65_HS1-834228961_62-HQ-83894_Section_5
Agency: FBI
Page 142
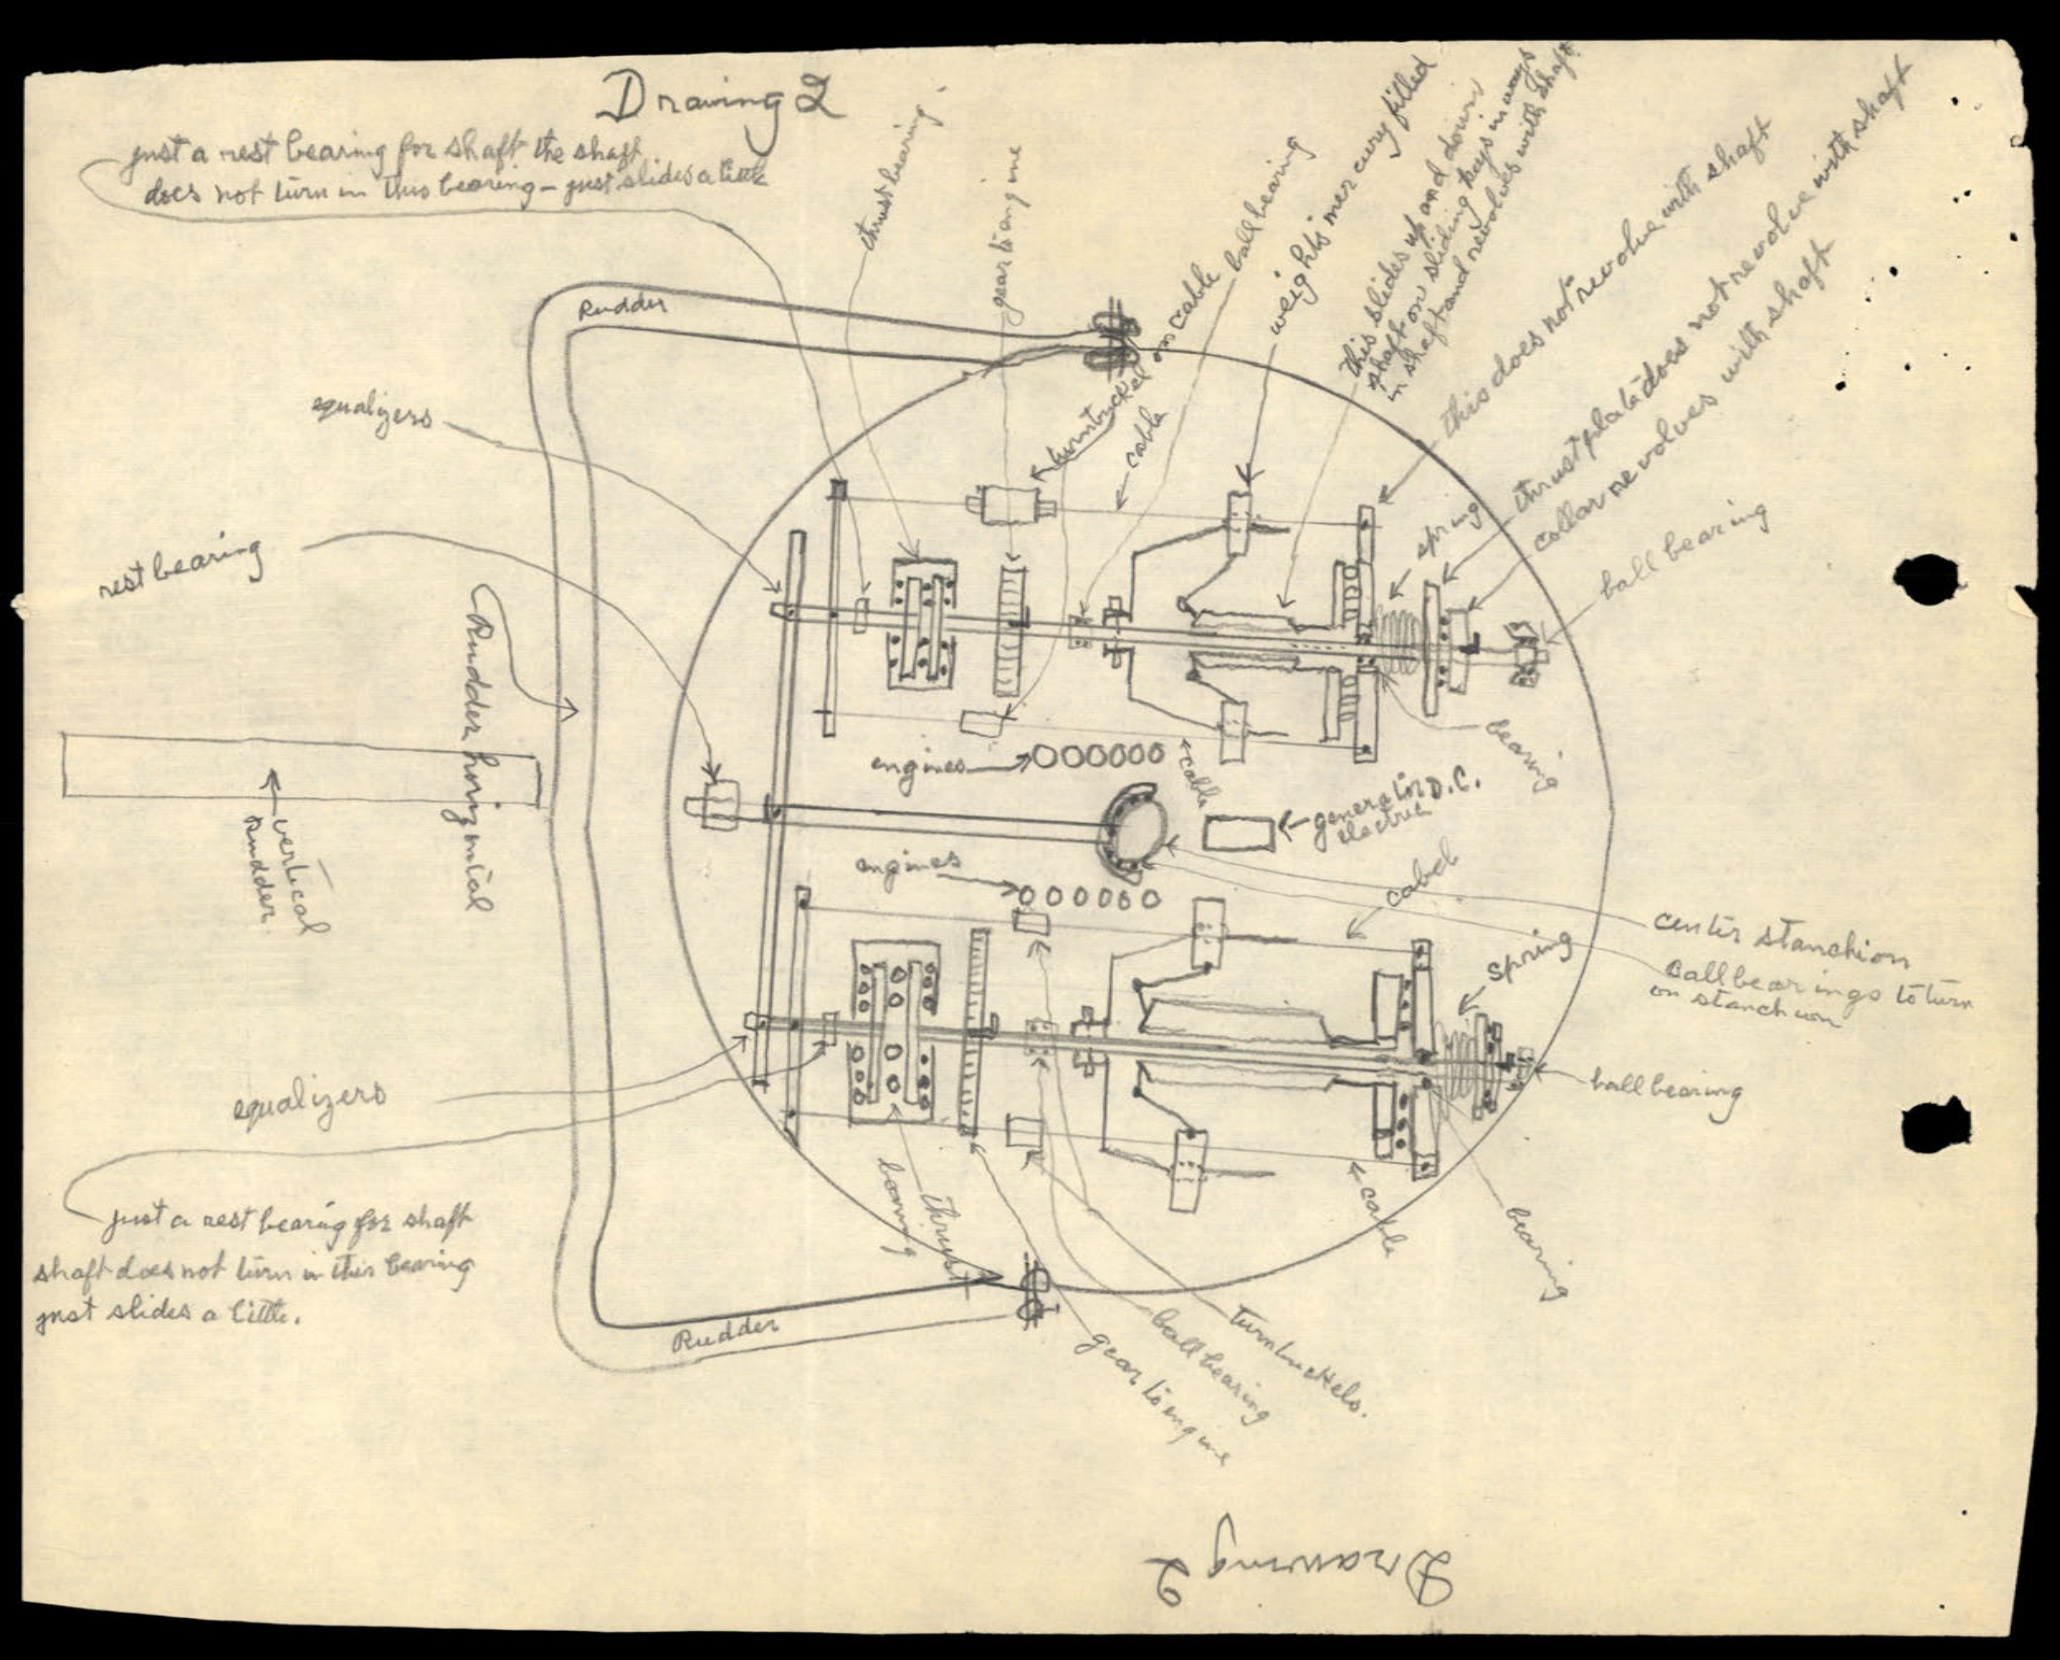